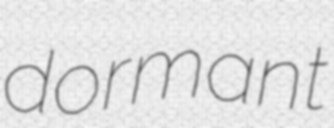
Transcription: dormant